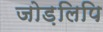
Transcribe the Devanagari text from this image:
जोड़लिपि